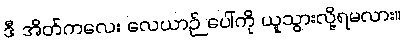
ဒီ အိတ်ကလေး လေယာဉ် ပေါ်ကို ယူသွားလို့ရမလား။